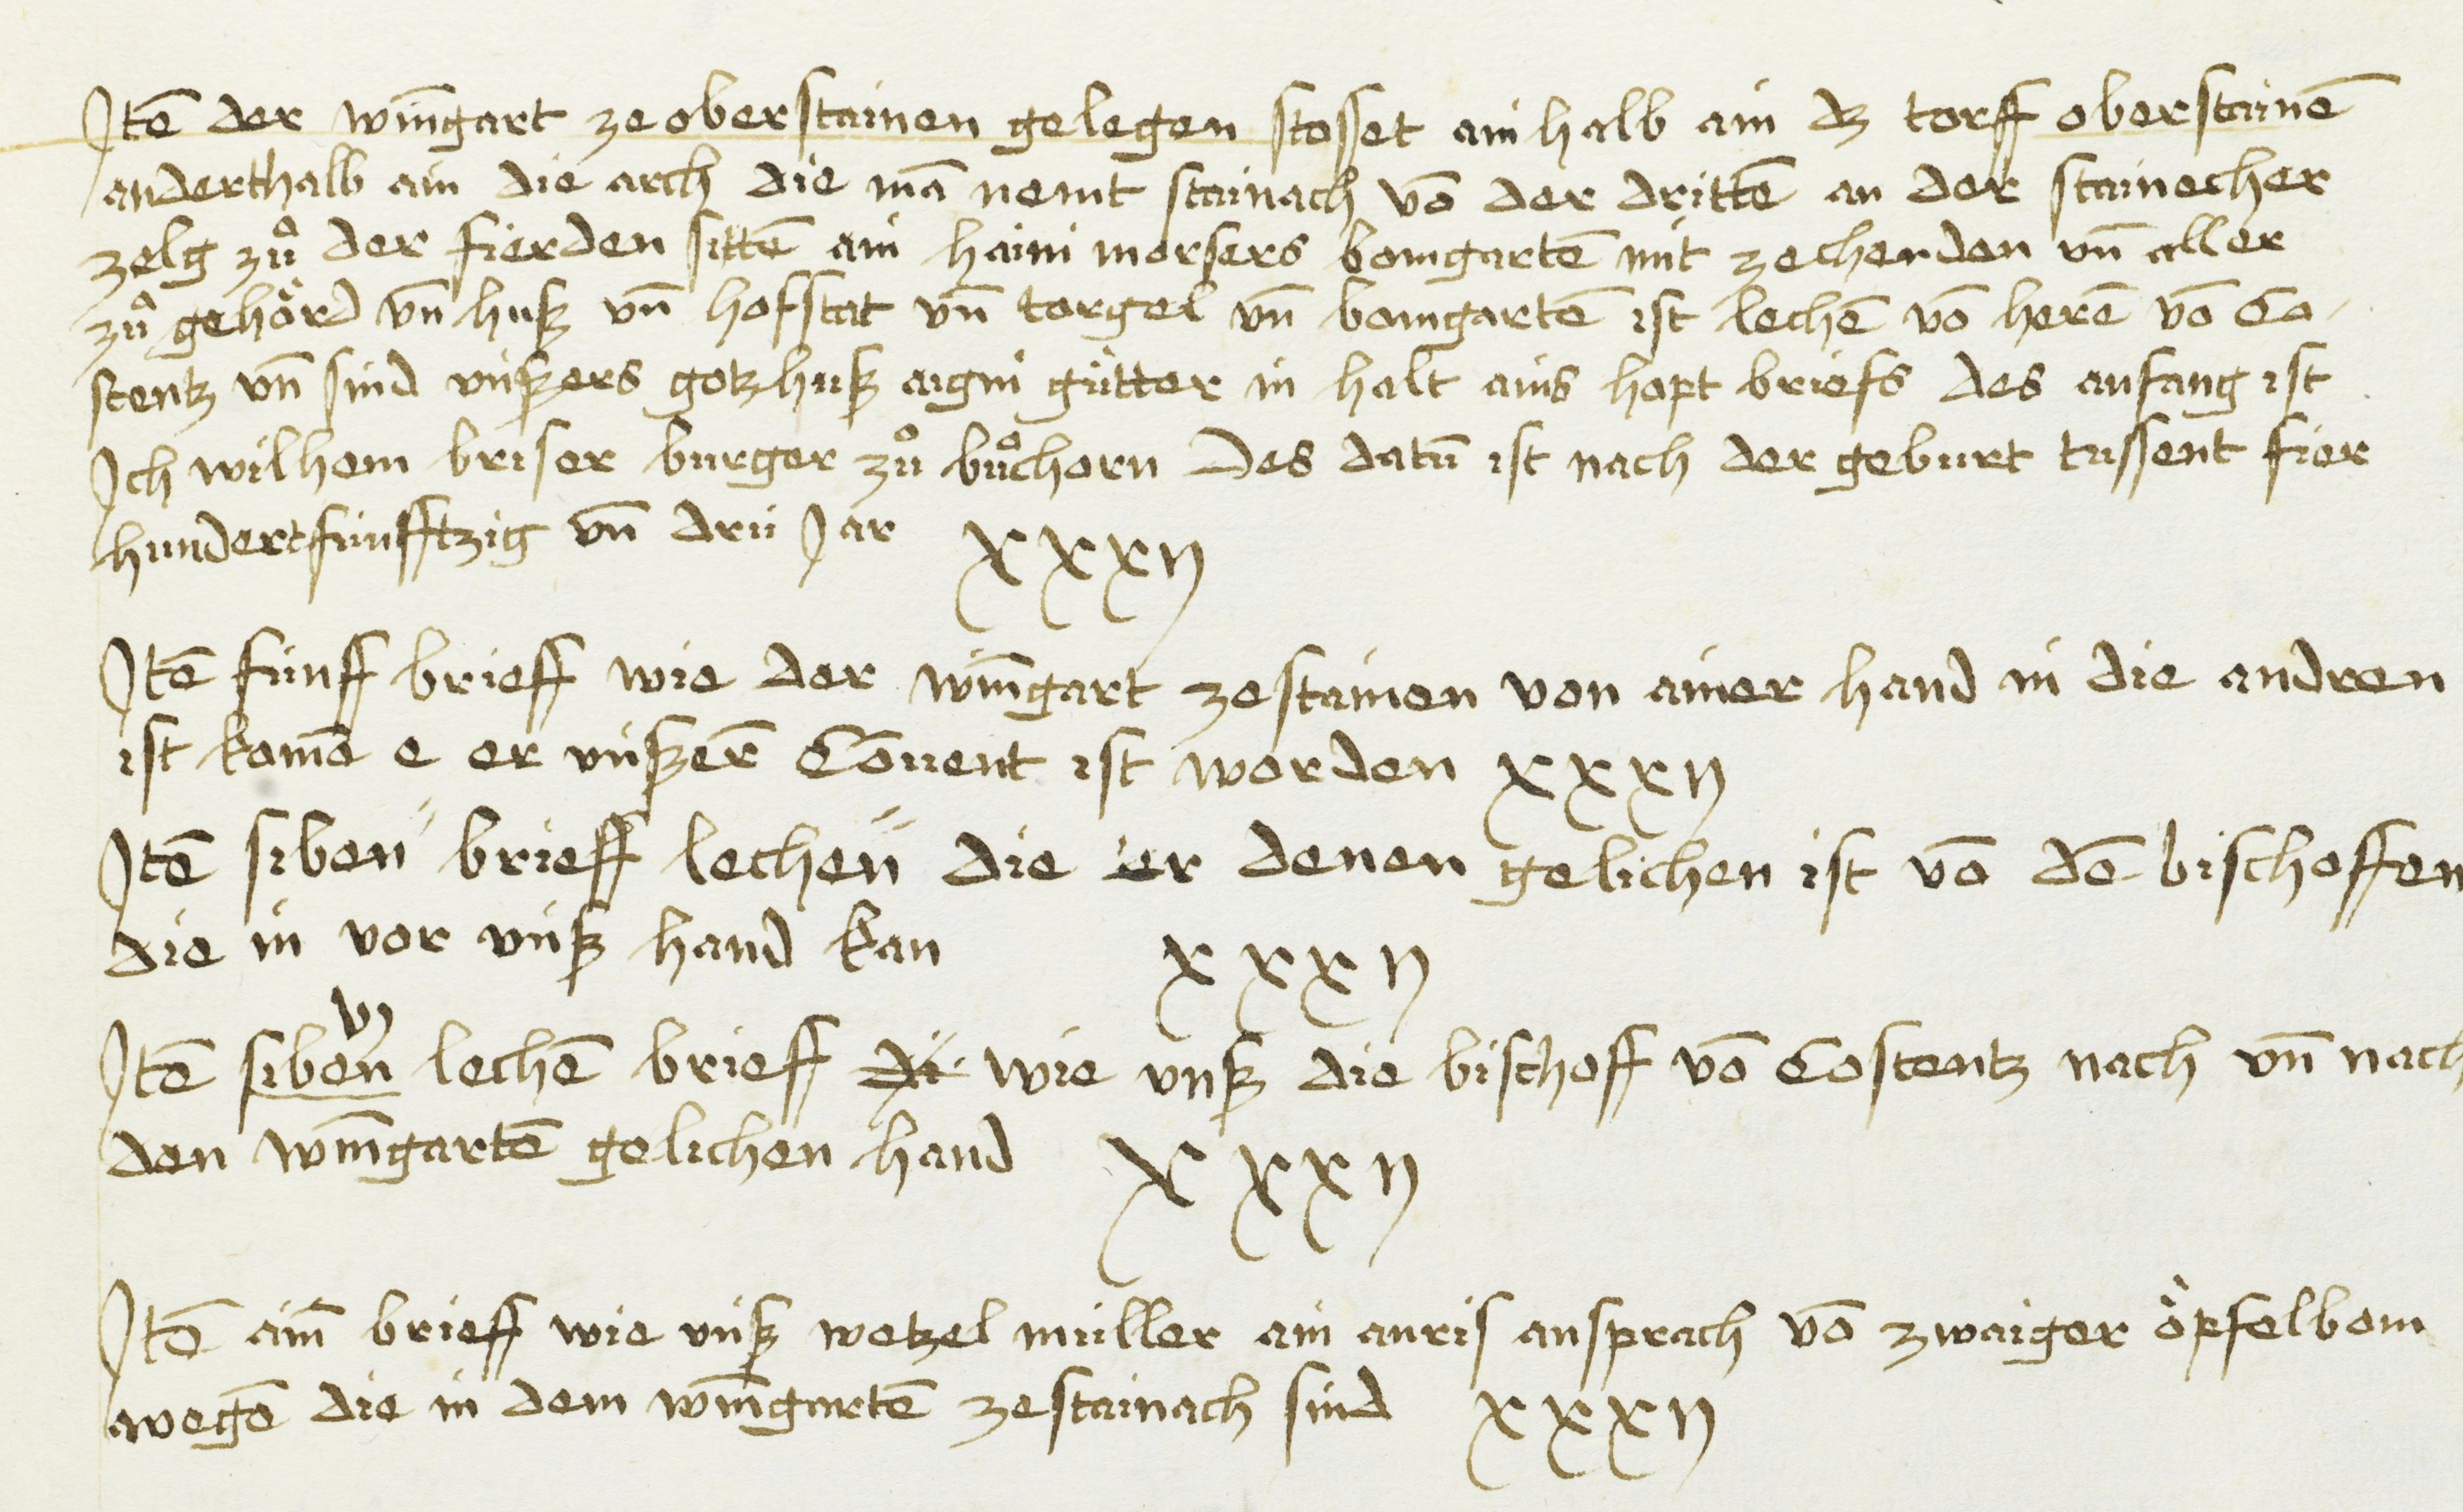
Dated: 1435–1499